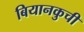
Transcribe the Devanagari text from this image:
बियानकुची